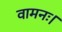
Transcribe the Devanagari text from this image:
वामनः।